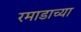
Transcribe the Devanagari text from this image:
रमाडाच्या